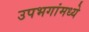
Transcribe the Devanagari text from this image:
उपभगांमध्ये